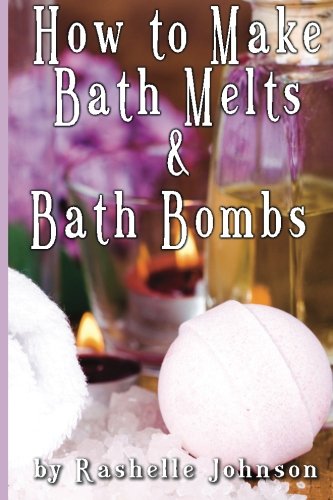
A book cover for How to Make Bath Melts & Bath Bombs; Rashelle Johnson; Crafts, Hobbies & Home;